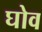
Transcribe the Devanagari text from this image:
घोव